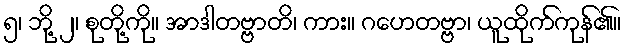
၅၊ ဘို့ ၂၊ စုတို့ကို။ အာဒါတဗ္ဗာတိ၊ ကား။ ဂဟေတဗ္ဗာ၊ ယူထိုက်ကုန်၏။